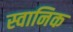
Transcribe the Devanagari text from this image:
स्वानिक